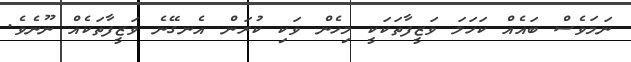
ނަމަވެސް ބައެއް ކަހަލަ ވަޒީފާތަކަކީ މިހެން ވަކި ކުރަން އެނގޭނެ ވަޒީފާތަކެއް ނޫނެވެ.